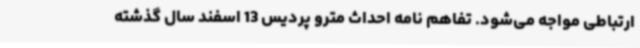
ارتباطی مواجه می‌شود. تفاهم نامه احداث مترو پردیس 13 اسفند سال گذشته